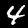
Label: 4